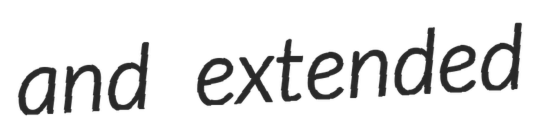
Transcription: and extended